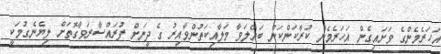
އަހަރެމެންގެ ވަށައިގެން އަހަރެމެން ކުރާކަންކަން ބައްލަވާ މަލާއިކަތުންވާއިރު ގެ ދީނަށް ފުރައްސާރަވާގޮތަށް ލިޔެނެގުމަކީ